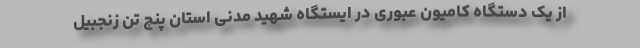
از یک دستگاه کامیون عبوری در ایستگاه شهید مدنی استان پنج تن زنجبیل